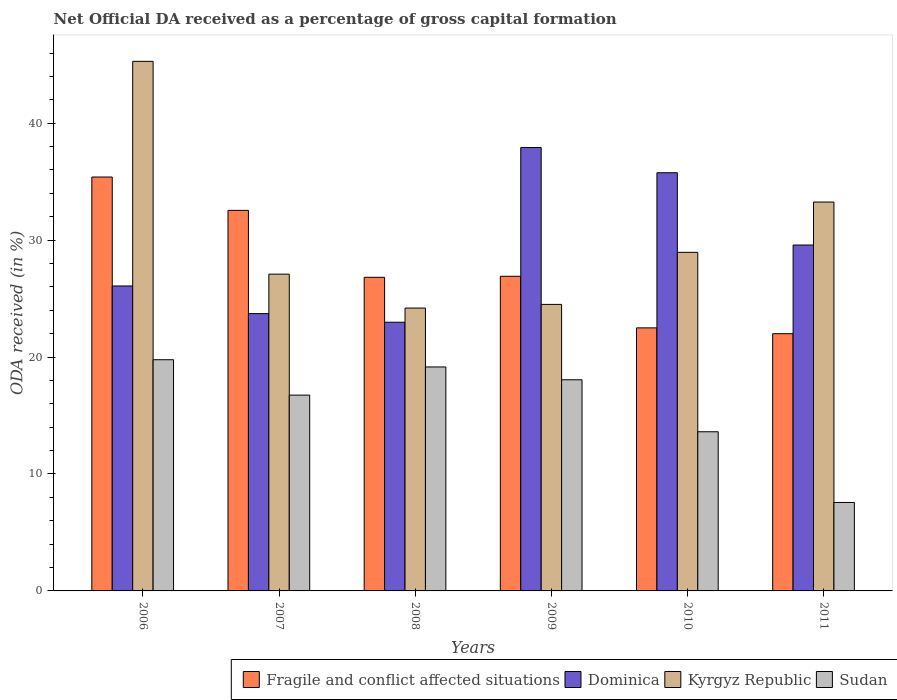
| Years | Fragile and conflict affected situations | Dominica | Kyrgyz Republic | Sudan |
 | --- | --- | --- | --- | --- |
 | 2006 | 35.4 | 26.1 | 45.3 | 19.8 |
 | 2007 | 32.5 | 23.7 | 27.1 | 16.7 |
 | 2008 | 26.8 | 23 | 24.2 | 19.2 |
 | 2009 | 26.9 | 37.9 | 24.5 | 18.1 |
 | 2010 | 22.5 | 35.8 | 29 | 13.6 |
 | 2011 | 22 | 29.6 | 33.3 | 7.57 |